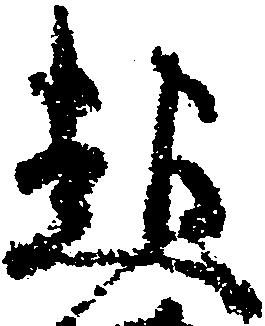
起